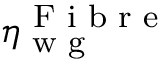
\eta _ { \textrm { w g } } ^ { \textrm { F i b r e } }